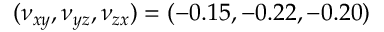
( \nu _ { x y } , \nu _ { y z } , \nu _ { z x } ) = ( - 0 . 1 5 , - 0 . 2 2 , - 0 . 2 0 )